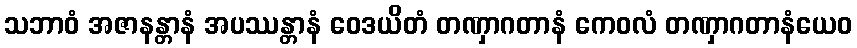
သဘာဝံ အဇာနန္တာနံ အပဿန္တာနံ ဝေဒယိတံ တဏှာဂတာနံ ကေဝလံ တဏှာဂတာနံယေဝ